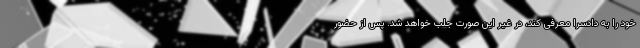
خود را به دادسرا معرفی کند، در غیر این صورت جلب خواهد شد. پس از حضور